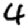
Digit: 4